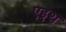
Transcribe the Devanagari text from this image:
एइथ